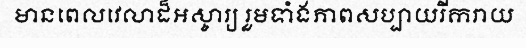
មានពេលវេលាដ៏អស្ចារ្យ រួមទាំងភាពសប្បាយរីករាយ